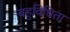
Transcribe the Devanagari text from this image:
बहुविधिता